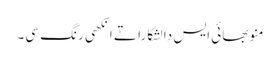
منو بھائی ایس دا لشکارا تے انکھی رنگ سی۔